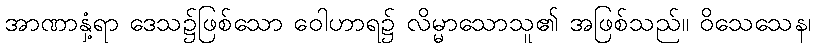
အာဏာနှံ့ရာ ဒေသ၌ဖြစ်သော ဝေါဟာရ၌ လိမ္မာသောသူ၏ အဖြစ်သည်။ ဝိသေသေန၊